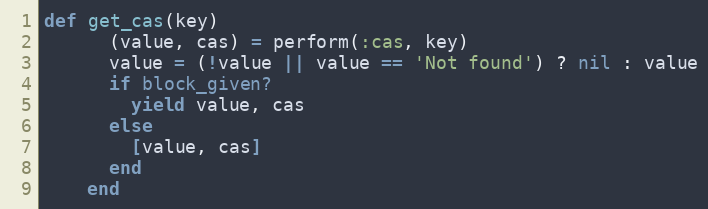
Language: Ruby
def get_cas(key)
      (value, cas) = perform(:cas, key)
      value = (!value || value == 'Not found') ? nil : value
      if block_given?
        yield value, cas
      else
        [value, cas]
      end
    end